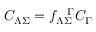
C _ { \Lambda \Sigma } = f _ { \Lambda \Sigma } ^ { \ \ \Gamma } C _ { \Gamma }